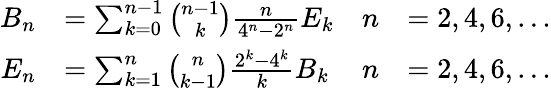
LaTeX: {\begin{array}{rlrl}{B_{n}}&{=\sum_{k=0}^{n-1}{\binom{n-1}{k}}{\frac{n}{4^{n}-2^{n}}}E_{k}}&{n}&{=2,4,6,\ldots}\\ {E_{n}}&{=\sum_{k=1}^{n}{\binom{n}{k-1}}{\frac{2^{k}-4^{k}}{k}}B_{k}}&{n}&{=2,4,6,\ldots}\end{array}}